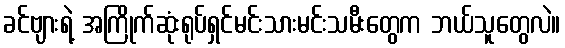
ခင်ဗျားရဲ့ အကြိုက်ဆုံးရုပ်ရှင်မင်းသားမင်းသမီးတွေက ဘယ်သူတွေလဲ။